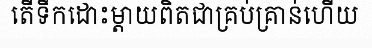
តើទឹកដោះម្តាយពិតជាគ្រប់គ្រាន់ហើយ